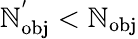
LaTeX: \mathbb{N}_{\mathrm{{{obj}}}}^{'}<\mathbb{N}_{\mathrm{{{obj}}}}